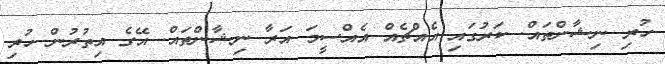
ހުރި ނިޝާންތައް. ކަރުގައި އެއްޗެއް އެއްސީމަ އަރާ ނިޝާންތައް. އޭގެ އިތުރުން ހުރި